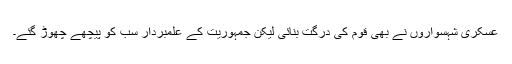
عسکری شہسواروں نے بھی قوم کی دُرگت بنائی لیکن جمہوریت کے علمبردار سب کو پیچھے چھوڑ گئے۔